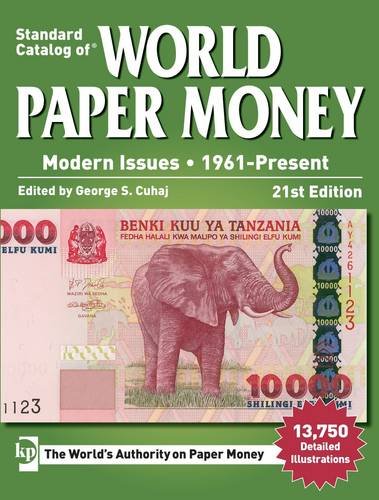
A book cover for Standard Catalog of World Paper Money, Modern Issues, 1961-Present; Crafts, Hobbies & Home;